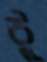
ঠু